Lunatic asylums Madras 1877-1891 - 1877-1891
Year: 1877
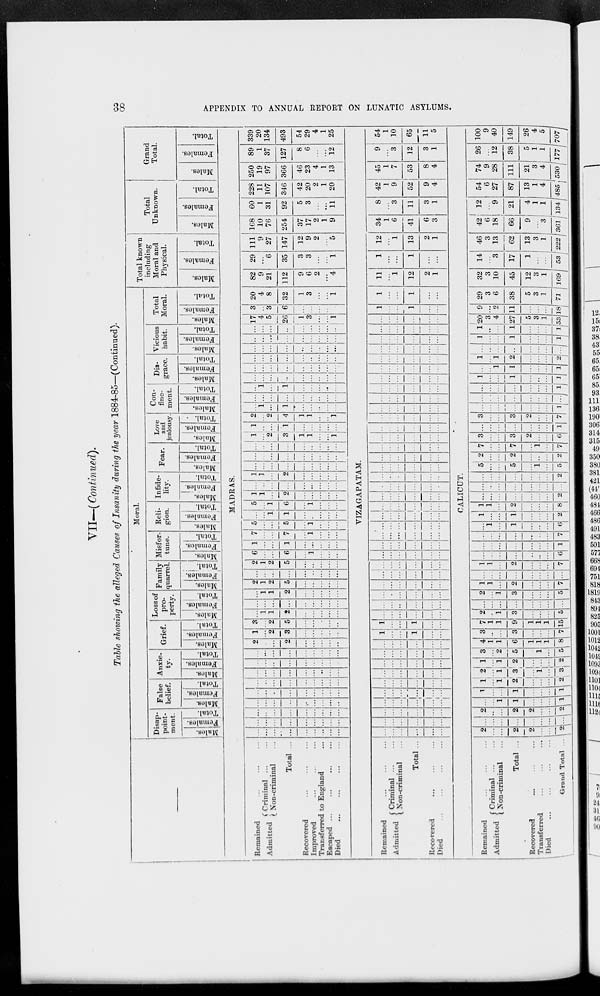
38
APPENDIX TO ANNUAL REPORT ON LUNATIC ASYLUMS.
VII—(Continued).
Table showing the alleged Causes of Insanity during the year 1884-85—(Continued).
—
Remained ... ... ...
Admitted Criminal ... ...
Non-criminal ...
Total ...
Recovered
...
...
...
Improved ... ... ...
Transferred to England ...
Escaped
...
...
...
...
Died
...
...
...
...
Remained ... ... ...
Admitted
Criminal ... ...
Non-criminal ...
Total ...
Recovered
...
...
...
Died
...
...
...
...
Remained ... ... ...
Admitted
Criminal ... ...
Non-criminal ...
Total ...
Recovered ... ... ...
Transferred
...
...
...
Died
...
...
...
...
Grand Total ...
Moral.
Disap-
point-
ment.
Males.
Females.
Total.
False
belief.
Males.
Females.
Total.
Anxie-
ty.
Males.
Females.
Total.
Grief.
Males.
Females.
Total.
Loss of
pro-
perty.
Males.
Females.
Total.
Family
quarrel.
Males.
Females.
Total.
Misfor-
tune.
Males.
Females.
Total.
Reli-
gion.
Males.
Females.
Total.
Infide-
lity.
Males.
Females.
Total.
Fear.
Males.
Females.
Total.
Love
and
jealousy.
Males.
Females.
Total.
Con-
fine-
ment.
Males.
Females.
Total.
Dis-
grace.
Males.
Females.
Total.
Vicious
habit.
Males.
Females.
Total.
Total
Moral.
Males.
Females.
Total.
Total known
including
Moral and
Physical.
Males.
Females.
Total.
Total
Unknown.
Males.
Females.
Total.
Grand
Total.
Males.
Females.
Total.
MADRAS.
...
...
...
...
...
...
...
...
...
...
...
...
...
...
...
...
...
...
...
...
...
...
...
...
...
...
...
...
...
...
...
...
...
...
...
...
...
...
...
...
...
...
...
...
...
...
...
...
...
...
...
...
...
...
...
...
...
...
...
...
...
...
...
...
...
...
...
...
...
...
...
...
...
...
...
...
...
...
...
...
...
2
...
...
2
...
...
...
...
...
1
...
2
3
...
...
...
...
...
3
...
2
5
...
...
...
...
...
...
1
1
2
...
...
...
...
...
...
...
...
...
...
...
...
...
...
...
1
1
2
...
...
...
...
...
2
1
2
5
...
...
...
...
...
...
...
...
...
...
...
...
...
...
2
1
2
5
...
...
...
...
...
6
...
...
6
...
1
...
...
...
1
...
...
1
...
...
...
...
...
7
...
...
7
...
1
...
...
...
5
...
...
5
...
1
...
...
...
...
...
1
1
...
...
...
...
...
5
...
1
6
...
1
...
...
...
1
1
...
2
...
...
...
...
...
...
...
...
...
...
...
...
...
...
1
1
...
2
...
...
...
...
...
...
...
...
...
...
...
...
...
...
...
...
...
...
...
...
...
...
...
...
...
...
...
...
...
...
...
...
1
...
2
3
1
1
...
...
1
1
...
...
1
...
...
...
...
...
2
...
2
4
1
1
...
...
1
...
1
...
1
...
...
...
...
...
...
...
...
...
...
...
...
...
...
...
1
...
1
...
...
...
...
...
...
...
...
...
...
...
...
...
...
...
...
...
...
...
...
...
...
...
...
...
...
...
...
...
...
...
...
...
...
...
...
...
...
...
...
...
...
...
...
...
...
...
...
...
...
...
...
...
...
...
...
...
...
...
17
4
5
26
1
3
...
...
1
3
...
3
6
...
...
...
...
...
20
4
8
32
1
3
...
...
1
82
9
21
112
9
6
2
...
4
29
...
6
35
3
3
...
...
1
111
9
27
147
12
9
2
...
5
168
10
76
254
37
17
2
1
9
60
1
31
92
5
3
...
...
11
228
11
107
346
42
20
2
1
20
250
19
97
366
46
23
4
1
13
89
1
37
127
8
6
...
...
12
339
20
134
493
54
29
4
1
25
VIZAGAPATAM.
...
...
...
...
...
...
...
...
...
...
...
...
...
...
...
...
...
...
...
...
...
...
...
...
...
...
...
...
...
...
...
...
...
...
...
...
...
...
...
...
...
...
...
...
...
...
...
...
...
...
...
...
...
...
...
...
...
...
...
...
1
...
...
1
...
...
1
...
...
1
...
...
...
...
...
...
...
...
...
...
...
...
...
...
...
...
...
...
...
...
...
...
...
...
...
...
...
...
...
...
...
...
...
...
...
...
...
...
...
...
...
...
...
...
...
...
...
...
...
...
...
...
...
...
...
...
...
...
...
...
...
...
...
...
...
...
...
...
...
...
...
...
...
...
...
...
...
...
...
...
...
...
...
...
...
...
...
...
...
...
...
...
...
...
...
...
...
...
...
...
...
...
...
...
...
...
...
...
...
...
...
...
...
...
...
...
...
...
...
...
...
...
...
...
...
...
...
...
...
...
...
...
...
...
...
...
...
...
...
...
...
...
...
...
...
...
...
...
...
...
...
...
...
...
...
...
...
...
...
...
...
...
...
...
...
...
...
...
...
...
...
...
...
...
...
...
...
...
...
...
...
...
...
...
...
...
...
...
1
...
...
1
...
...
1
...
...
1
...
...
11
...
1
12
2
1
1
...
...
1
...
...
12
...
1
13
2
1
34
1
6
41
6
3
8
...
3
11
3
1
42
1
9
52
9
4
45
1
7
53
8
4
9
...
3
12
3
1
54
1
10
65
11
5
CALICUT.
2
...
...
2
2
...
...
2
...
...
...
...
...
...
...
...
2
...
...
2
2
...
...
2
...
...
1
1
...
...
...
1
1
...
...
1
...
...
...
1
1
...
1
2
...
...
...
2
2
...
1
3
...
1
...
3
1
...
1
2
...
...
...
2
3
...
2
5
...
1
...
5
4
1
1
6
1
1
1
8
3
...
...
3
...
...
...
7
7
1
1
9
1
1
1
15
2
...
1
3
...
...
...
5
...
...
...
...
...
...
...
...
2
...
1
3
...
...
...
5
1
1
...
2
...
...
...
7
...
...
...
...
...
...
...
...
1
1
...
2
...
...
...
7
...
...
...
...
...
...
...
6
...
...
...
...
...
...
...
1
...
...
...
...
...
...
...
7
...
1
...
1
...
...
...
6
1
...
...
1
...
...
...
2
1
1
...
2
...
...
...
8
...
...
...
...
...
...
...
2
...
...
...
...
...
...
...
...
...
...
...
...
...
...
...
2
5
...
...
5
...
1
...
5
2
...
...
2
...
...
...
2
7
...
...
7
...
1
...
7
3
...
...
3
2
...
...
6
...
...
...
...
...
...
...
1
3
...
...
3
2
...
...
7
...
...
...
...
...
...
...
1
...
...
...
...
...
...
...
...
...
...
...
...
...
...
...
1
1
...
...
1
...
...
...
1
...
...
1
1
...
...
...
1
1
...
1
2
...
...
...
2
...
...
...
...
...
...
...
...
1
...
...
1
...
...
...
1
1
...
...
1
...
...
...
1
20
3
4
27
5
3
1
53
9
...
2
11
...
...
...
18
29
3
6
38
5
3
1
71
32
3
10
45
12
3
1
169
14
...
3
17
1
...
...
53
46
3
13
62
13
3
1
222
42
6
18
66
9
...
3
361
12
...
9
21
4
1
1
134
54
6
27
87
13
1
4
485
74
9
28
111
21
3
4
530
26
...
12
38
5
1
1
177
100
9
40
149
26
4
5
707